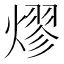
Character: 熮